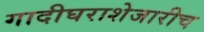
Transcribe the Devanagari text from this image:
गादीघराशेजारीच